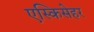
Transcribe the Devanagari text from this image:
एस्किसेहर